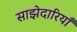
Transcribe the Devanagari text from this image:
साझेदारियाँ